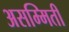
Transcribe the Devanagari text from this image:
असम्मिती